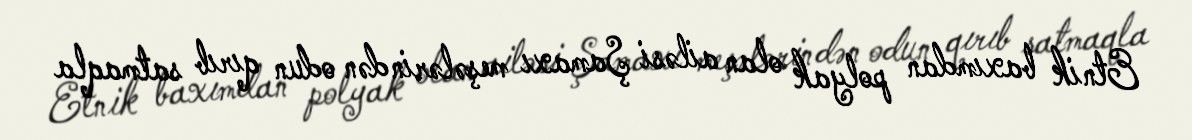
Etnik baxımdan polyak olan ailəsi Şamaxı meşələrindən odun qırıb satmaqla